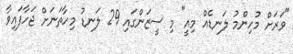
"ވަރަށް މުހިންމު ލަނޑެއް މިއީ" މި ސީޒަންގައި 29 ލަނޑު މިހާތަނަށް ޖަހާފައިވާ